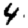
Digit: 4